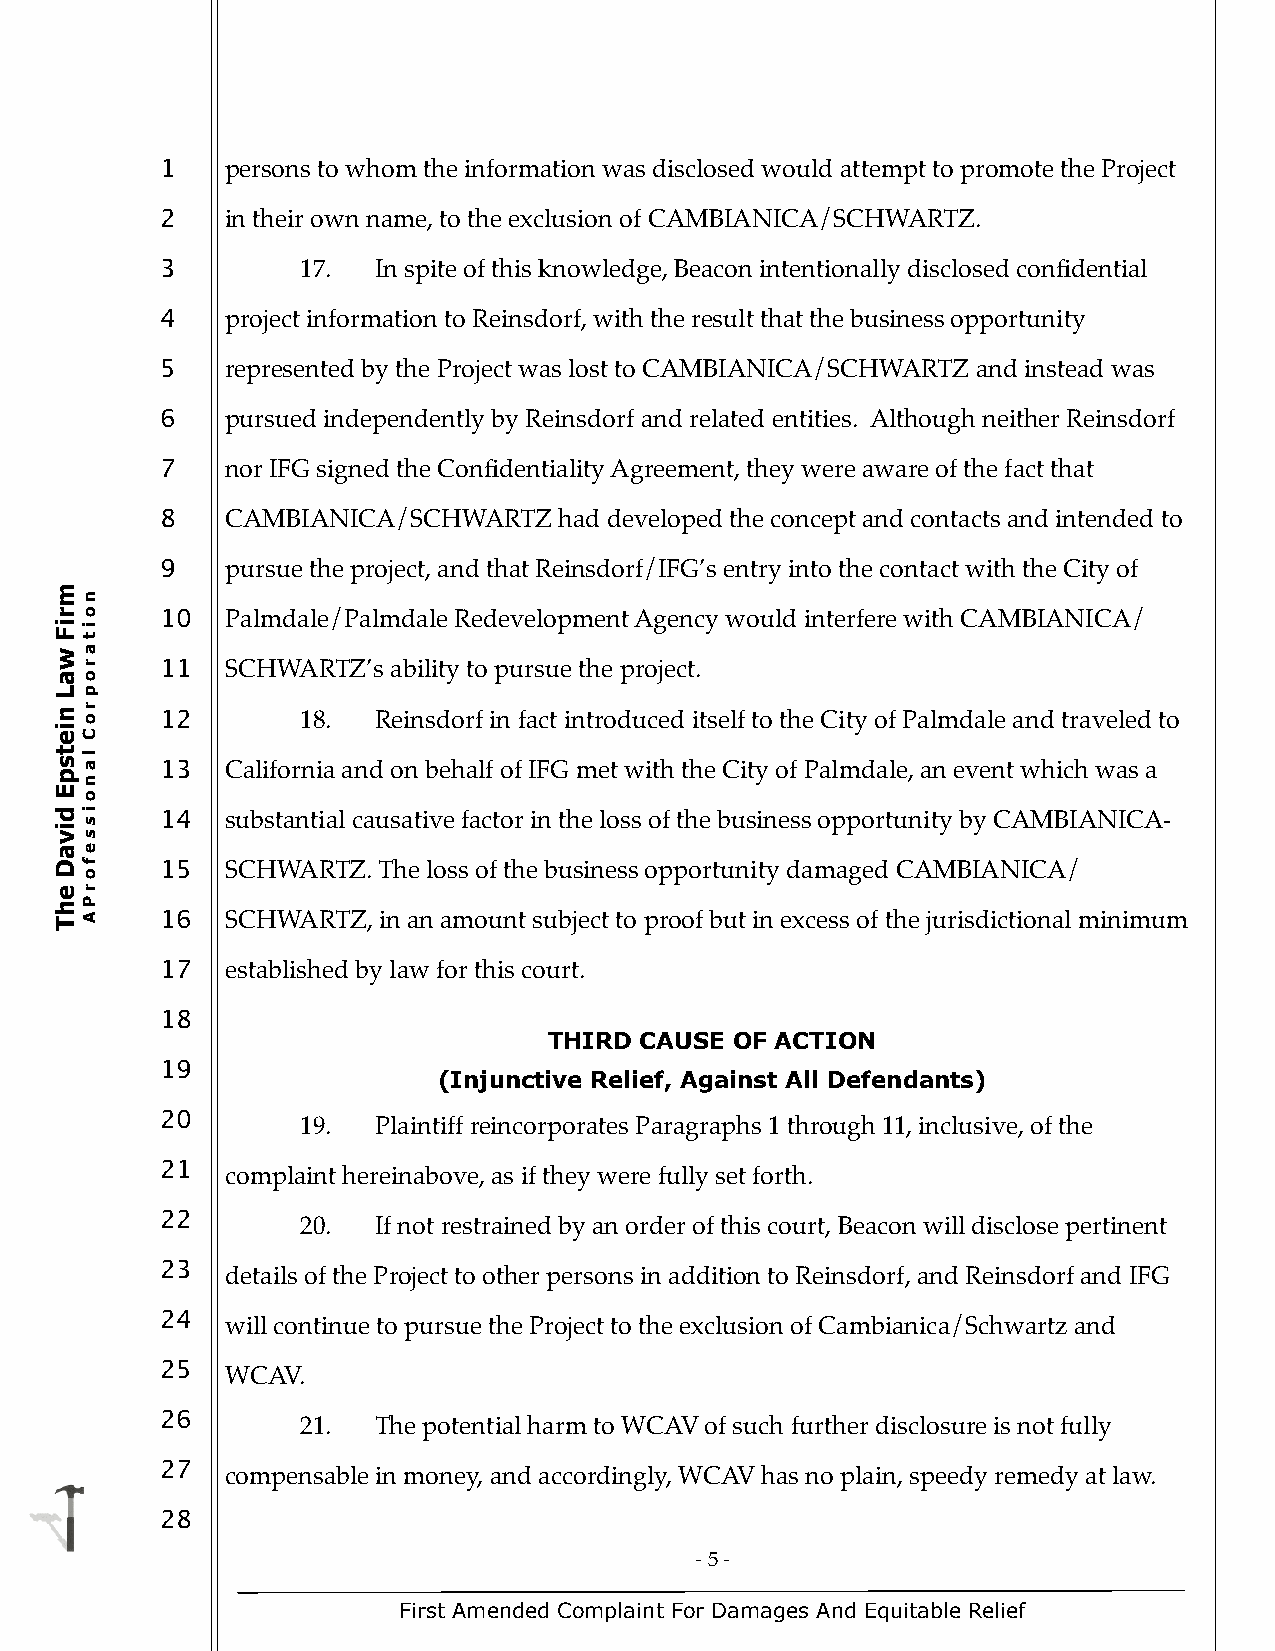
1   persons to whom the information was disclosed would attempt to promote the Project
 2   in their own name, to the exclusion of CAMBIANICA/SCHWARTZ.
 3        17.  In spite of this knowledge, Beacon intentionally disclosed confidential
 4   project information to Reinsdorf, with the result that the business opportunity
 5   represented by the Project was lost to CAMBIANICA/SCHWARTZ and instead was
 6   pursued independently by Reinsdorf and related entities. Although neither Reinsdorf
 7   nor IFG signed the Confidentiality Agreement, they were aware of the fact that
 8   CAMBIANICA/SCHWARTZ   had developed the concept and contacts and intended to
 9   pursue the project, and that Reinsdorf/IFG’s entry into the contact with the City of
 m
 n
 ro     10  Palmdale/Palmdale Redevelopment Agency would interfere with CAMBIANICA/
 Fi
 t
 i
 w a
 r     11  SCHWARTZ’s ability to pursue the project.
 ao
 Lp
 n o r  12       18.  Reinsdorf in fact introduced itself to the City of Palmdale and traveled to
 ei
 C
 st
 a
 l
 13  California and on behalf of IFG met with the City of Palmdale, an event which was a
 p
 n
 E
 o
 d s i  14  substantial causative factor in the loss of the business opportunity by CAMBIANICA-
 vi
 s
 ae
 D
 o
 f     15  SCHWARTZ. The loss of the business opportunity damaged CAMBIANICA/
 he
 P
 r
 TA     16  SCHWARTZ, in an amount subject to proof but in excess of the jurisdictional minimum
 17  established by law for this court.
 18
 THIRD CAUSE  OF ACTION
 19
 (Injunctive Relief, Against All Defendants)
 20
 19.  Plaintiff reincorporates Paragraphs 1 through 11, inclusive, of the
 21
 complaint hereinabove, as if they were fully set forth.
 22
 20.  If not restrained by an order of this court, Beacon will disclose pertinent
 23
 details of the Project to other persons in addition to Reinsdorf, and Reinsdorf and IFG
 24
 will continue to pursue the Project to the exclusion of Cambianica/Schwartz and
 25
 WCAV.
 26
 21.  The potential harm to WCAV of such further disclosure is not fully
 27
 compensable in money, and accordingly, WCAV has no plain, speedy remedy at law.
 28
 - 5 -
 First Amended Complaint For Damages And Equitable Relief